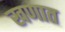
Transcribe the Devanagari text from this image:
खणात